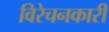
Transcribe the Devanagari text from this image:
विरेचनकारी